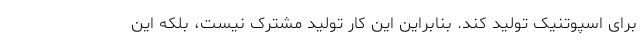
برای اسپوتنیک تولید کند. بنابراین این کار تولید مشترک نیست، بلکه این